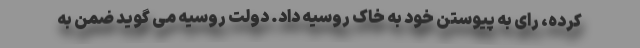
کرده، رای به پیوستن خود به خاک روسیه داد. دولت روسیه می گوید ضمن به